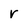
Character: r